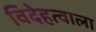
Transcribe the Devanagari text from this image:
विदेहत्वाला